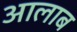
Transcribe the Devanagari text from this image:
आलाब